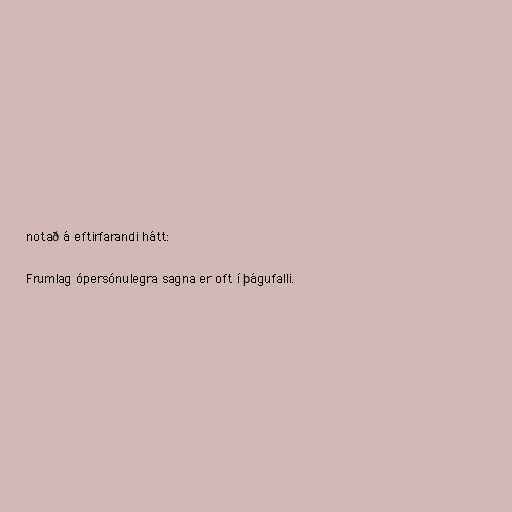
notað á eftirfarandi hátt:

Frumlag ópersónulegra sagna er oft í þágufalli.